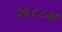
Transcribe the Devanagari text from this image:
२६८८अ